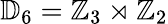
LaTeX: \mathbb{D}_{6}=\mathbb{Z}_{3}\rtimes\mathbb{Z}_{2}